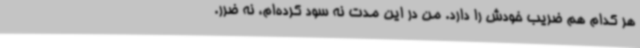
هر کدام هم ضریب خودش را دارد. من در این مدت نه سود کرده‌ام، نه ضرر.